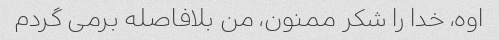
اوه، خدا را شکر ممنون، من بلافاصله برمی گردم